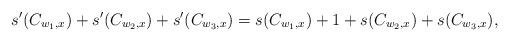
LaTeX: \begin{align*}s'(C_{w_1,x}) + s'(C_{w_2,x})+ s'(C_{w_3,x}) = s(C_{w_1,x}) +1 + s(C_{w_2,x})+ s(C_{w_3,x}) ,\end{align*}